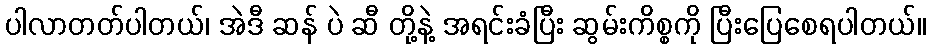
ပါလာတတ်ပါတယ်၊ အဲဒီ ဆန် ပဲ ဆီ တို့နဲ့ အရင်းခံပြီး ဆွမ်းကိစ္စကို ပြီးပြေစေရပါတယ်။